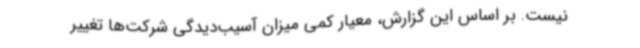
نیست. بر اساس این گزارش، معیار کمی میزان آسیب‌دیدگی شرکت‌ها تغییر